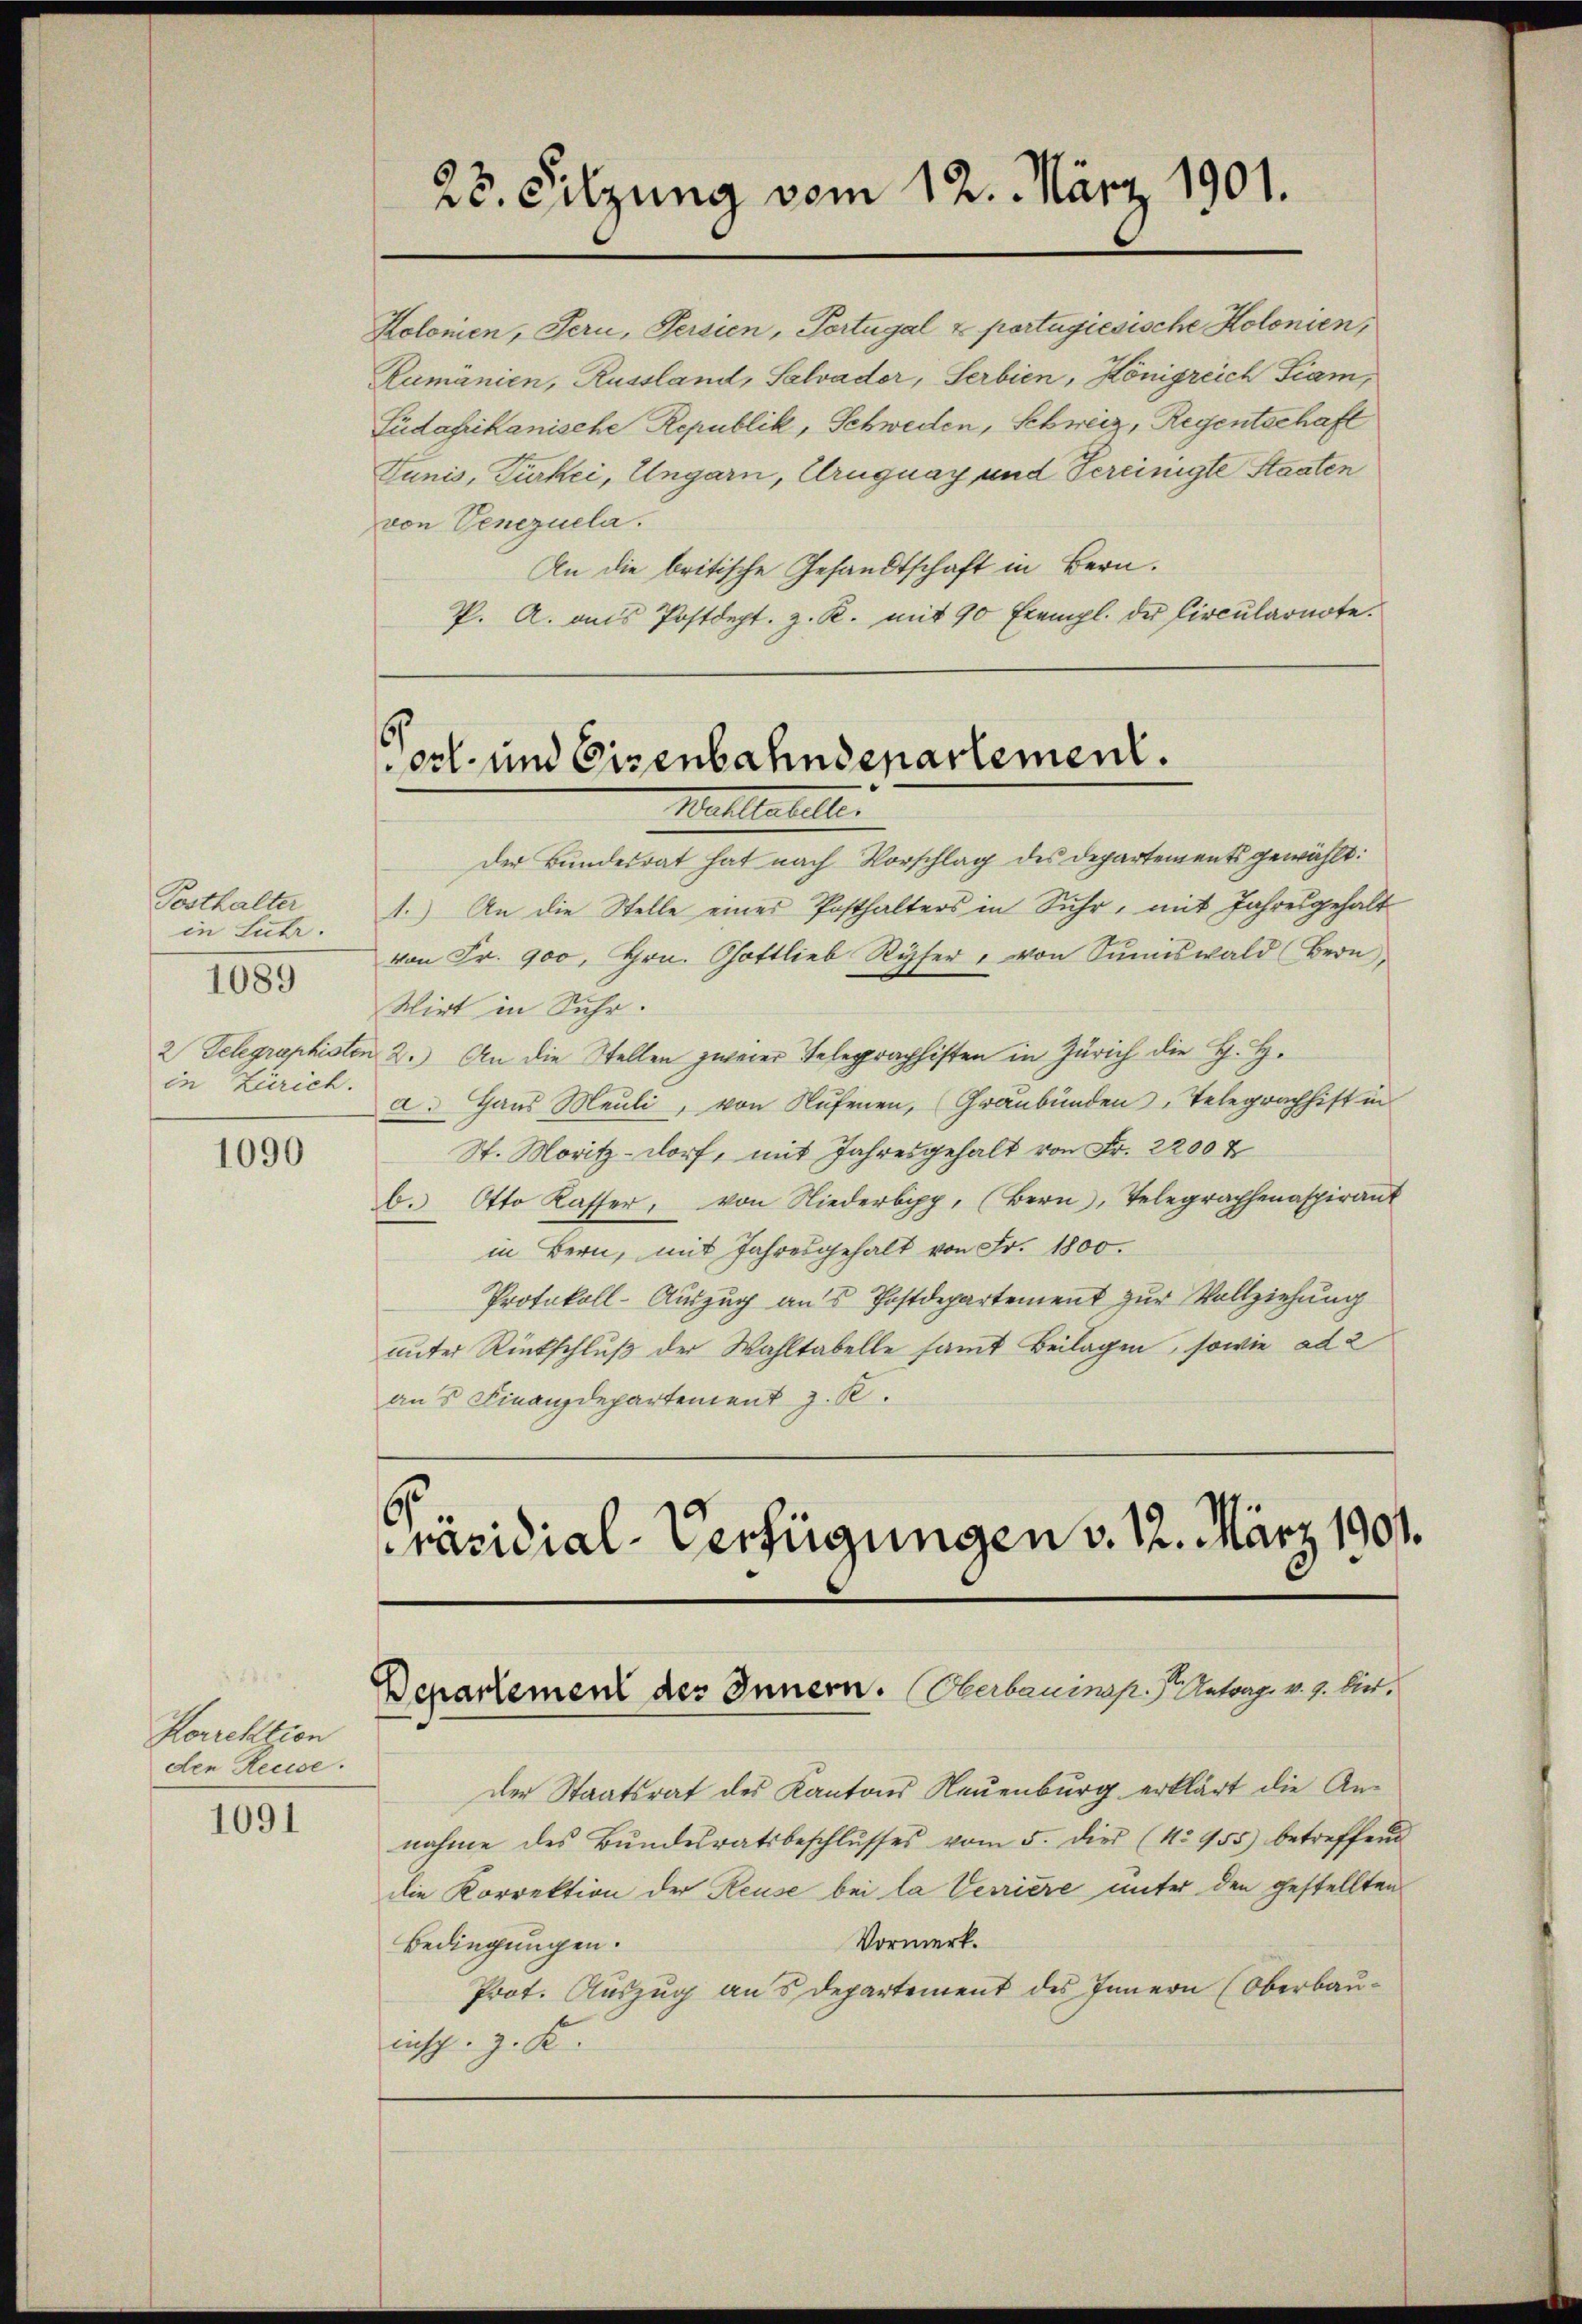
Posthalter
in Luhr.
in Zürich.

1089

1090

1091

Korrektion
den Reuse.

23. Sitzung vom 12. März 1901.

Kolonien, Pern, Persien, Portugal & portugiesische Kolonien,
Rumanien, Russland, Salvader, Serbien, Königreich Siam,
Füdafrikanische Republik, Schweden, Schweiz, Regentschaft
Tunis, Türkei, Ungarn, Uruguay und Vereinigte Staaten
von Venezuela.
An die britische Gesandtschaft in Bern.
P. A. aus Postdept. z. R. mit 90 Exempl. der Circularnote.

Post- und Eisenbahndepartement.
Mallencerte

Der Bundesrat hat nach Vorschlag des Departements gewählt:
1.) An die Stelle eines Posthalters in Suhr, mit Jahresgehalt
von Fr. 900, Hrn. Gottlieb Ryser, von Sŭmiswald (Bern,
Wirt in Suhr.
2 Telegraphisten 2. An die Stellen zweier Telegraphisten in Zürich die H. H.
a. Haus Meuli, von Rufenen, Graubünden, Telegrachhift in
St. Moritz-dorf, mit Jahresgehalt von Fr. 2200 f
b. Otto Kasser, von Niederbepp, (Bern, Telegraphenaspirant
in Bern, mit Jahresgehalt von Fr. 1800.
Protokoll-Auszug aus Postdepartement zur Vollziehung
unter Rückschlŭβ der Wahltabelle samt Beilagen, sowie ad 2
an's Finanzdepartement z. K.

Präsidial-Verfügungen v. 12. März 1901.

Departement des Innern. Oberbauinsp.   Antrag v. 9. hier¬

der Staatsrat des Kantons Neuenburg erklärt die Annahme des Bŭndesratsbeschlŭsses vom 5. die (Nr. 955) betreffend
die Korrektion der Reuse bei la Verriere unter den gestellten
Vormerk.
Bedingungen.
Prot. Auszug aus Departement des Innern (Oberbauins. z. K.